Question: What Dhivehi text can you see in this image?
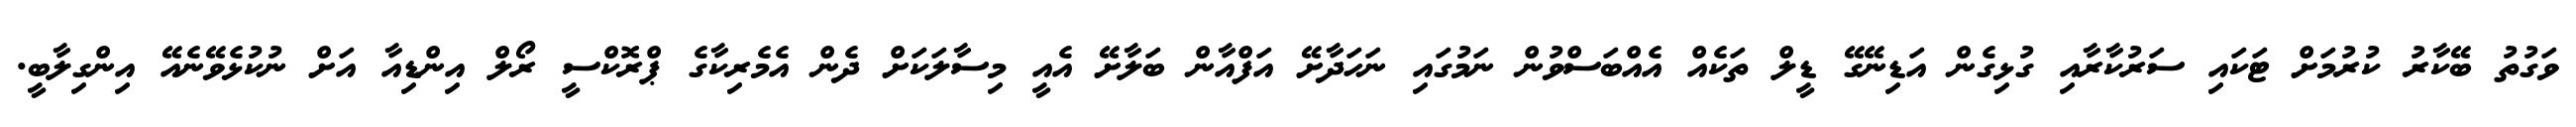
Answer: ވަގުތު ބޭކާރު ކުރުމަށް ޓަކައި ސަރުކާރާއި ގުޅިގެން އަޑިނޭގޭ ޑީލް ތަކެއް އެއްބަސްވުން ނަމުގައި ނަހަދާށޭ އަފްއާން ބަލާށޭ އެއީ މިސާލަކަށް ދެން އެމެރިކާގެ ޕްރޮކްސީ ރޯލް އިންޑިއާ އަށް ނުކުޅެވޭނެއޭ އިންގިލާބީ.